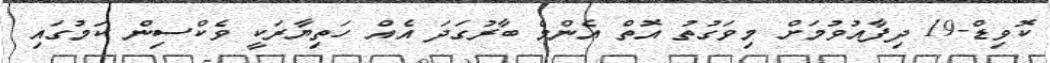
ކޮވިޑް-19 ދިފާއުވުމަށް މިވަގުތު އޮތް އެންމެ ބާރުގަދަ އެއް ހަތިޔާރަކީ ވެކްސިން ކަމުގައި